画像に写った文字を読んでください
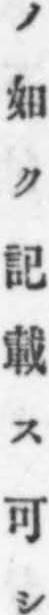
「ノ如ク記載ス可シ」と書いてあります